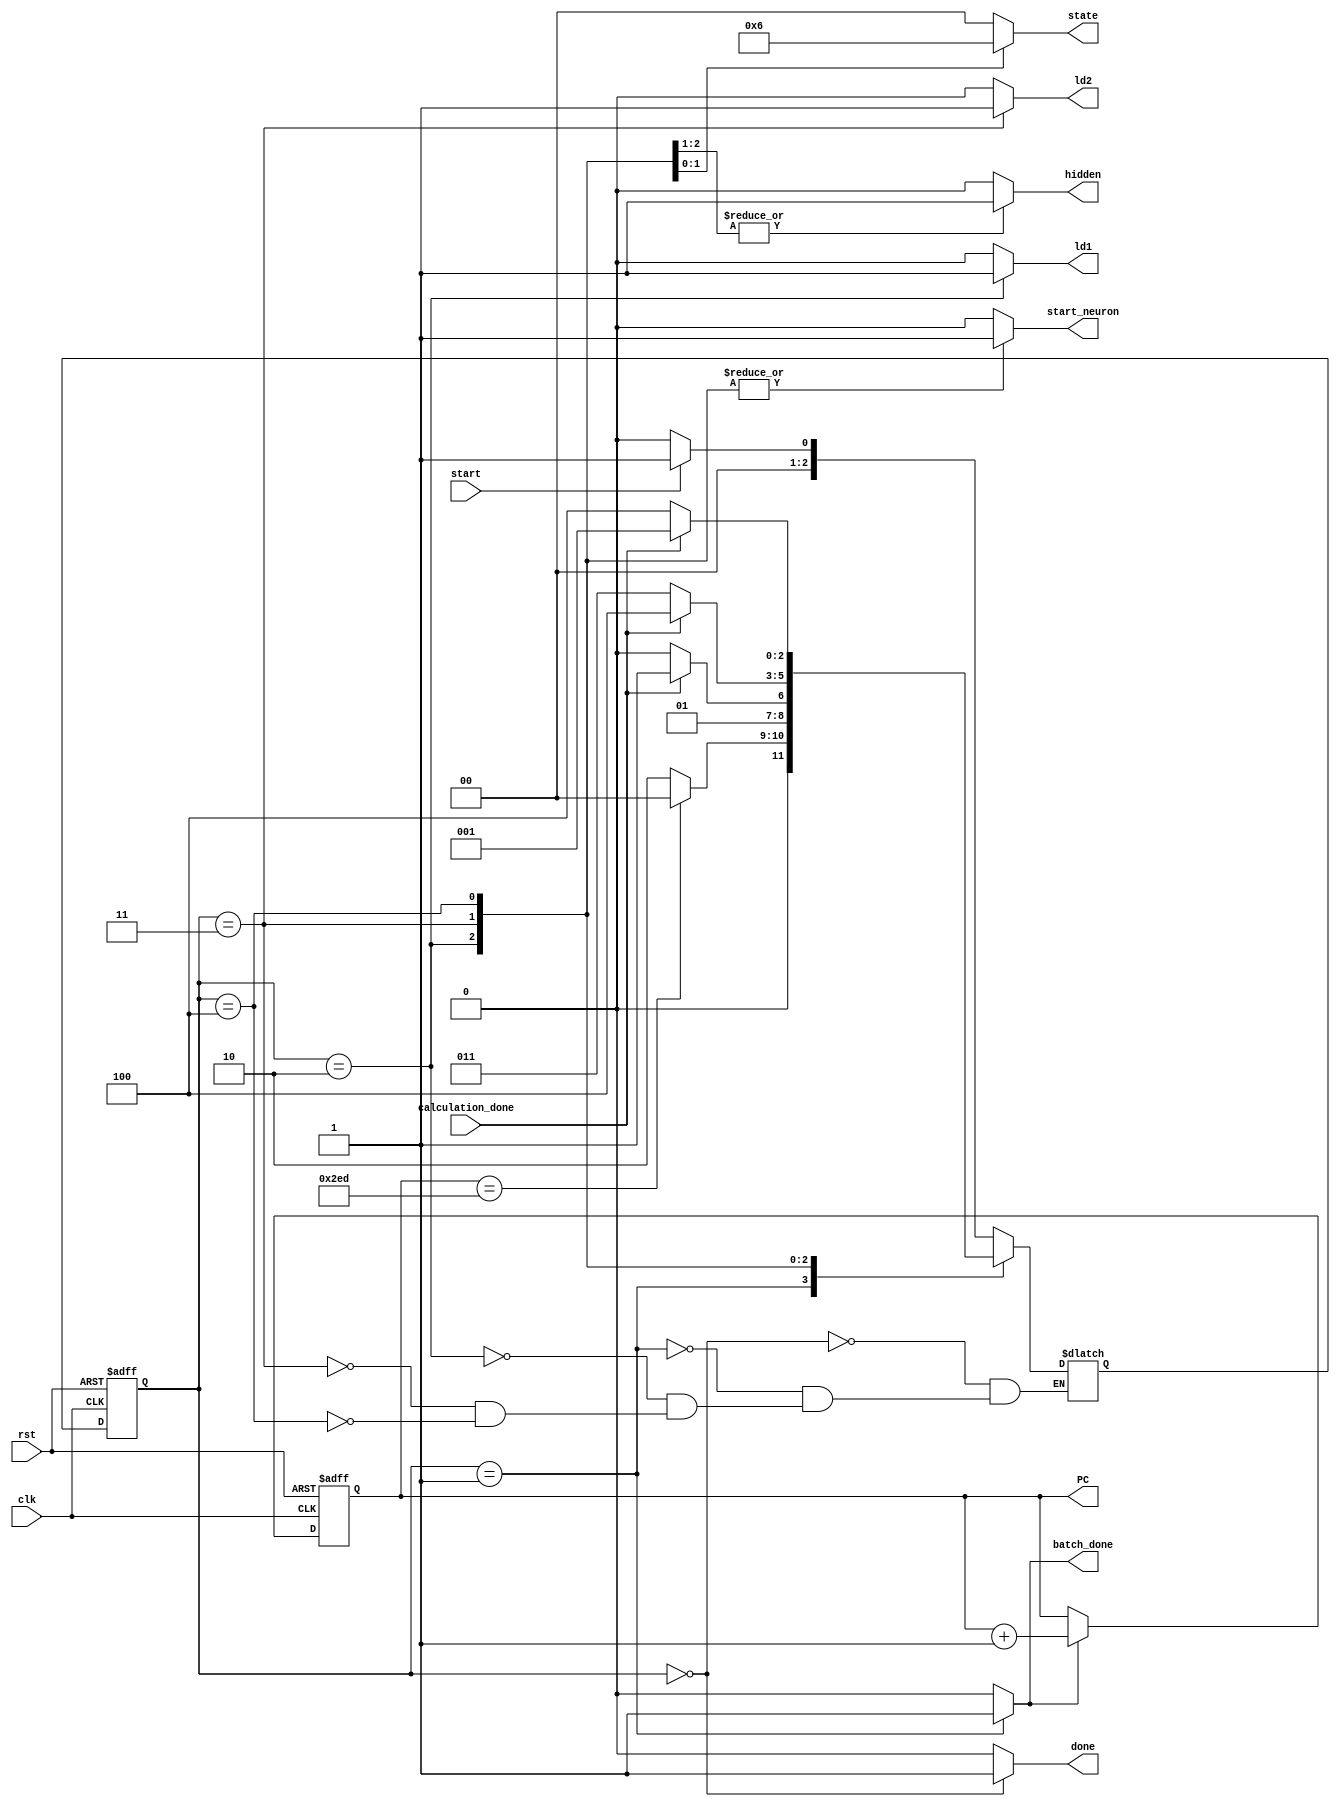
`timescale 1ns / 1ns

module NeuraNetworkController
    (
        input wire start, clk, rst, calculation_done,
        output reg [1:0] state,
        output reg start_neuron, 
        output reg [9:0] PC,
        output reg hidden, ld1, ld2, batch_done, done
    );

    parameter [2:0] IDLE = 3'b000;
    parameter [2:0] GET_INPUT = 3'b001;
    parameter [2:0] HIDDEN_LAYER_1 = 3'b010;
    parameter [2:0] HIDDEN_LAYER_2 = 3'b011;
    parameter [2:0] CALCULATION = 3'b100;

    reg [2:0] ps, ns;
    reg PC_up;
    
    always @(*) begin
        case (ps)
            IDLE: ns = (start == 1) ? GET_INPUT : IDLE;
            GET_INPUT : ns =  (PC == 10'd749) ? IDLE : HIDDEN_LAYER_1;
            HIDDEN_LAYER_1 : ns = (calculation_done == 1'b1) ? HIDDEN_LAYER_2 : HIDDEN_LAYER_1;
            HIDDEN_LAYER_2 : ns = (calculation_done == 1'b1) ? CALCULATION : HIDDEN_LAYER_2;
            CALCULATION : ns = (calculation_done == 1'b1) ? GET_INPUT : CALCULATION;
        endcase
    end

    always @(*) begin
        {state, start_neuron, hidden, ld1, ld2, batch_done, done, PC_up} = 9'b000000000;
        
        case (ps)    
            IDLE: done = 1'b1;
            GET_INPUT : {PC_up, batch_done} = 2'b11;
            HIDDEN_LAYER_1 : {start_neuron, hidden, ld1, state} = 5'b11100;
            HIDDEN_LAYER_2 : {start_neuron, hidden, ld2, state} = 5'b11101;
            CALCULATION : {start_neuron, hidden, state} = 4'b1010;
        endcase
    end

    always @(posedge clk, posedge rst) begin
        if(rst)
            ps <= 3'b000;
        else
            ps <= ns;
    end

    always @(posedge clk, posedge rst) begin
        if (rst)
            PC <= 10'd0;
        else if (PC_up)
            PC <= PC + 1;
    end

endmodule